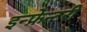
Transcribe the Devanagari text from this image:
इन्फ्रेन्टरी